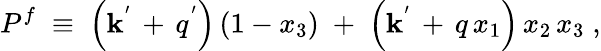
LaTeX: P^{f}\; \equiv\; \left({\mathbf{k}^{'}\, +\, q^{'}}\right)\, (1-x_{3})\; +\; \left({\mathbf{k}^{'}\, +\, q}\, x_{1}\right)\, x_{2}\, x_{3}\; ,